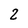
Character: 2